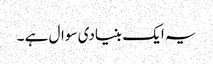
یہ ایک بنیادی سوال ہے ۔